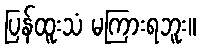
ပြန်ထူးသံ မကြားရဘူး။